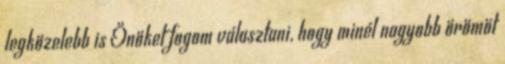
legközelebb is Önöket fogom választani, hogy minél nagyobb örömöt